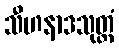
သီဟနာဒသုတ္တံ